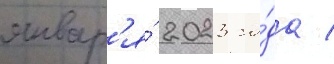
январ'я́ 2023 го́да /